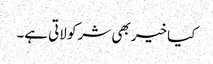
کیا خیر بھی شر کو لاتی ہے۔